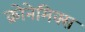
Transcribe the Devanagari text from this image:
क्रोनेमिक्स